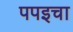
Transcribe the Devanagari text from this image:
पपइचा